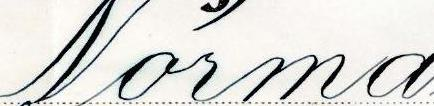
Norma